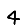
Digit: 4